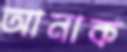
আনাক